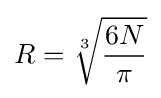
R={\sqrt[{3}]{6N \over \pi }}